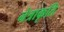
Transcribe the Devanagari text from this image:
नेत्राकृति